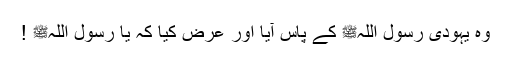
وہ یہودی رسول اللہﷺ کے پاس آیا اور عرض کیا کہ یا رسول اللہﷺ !